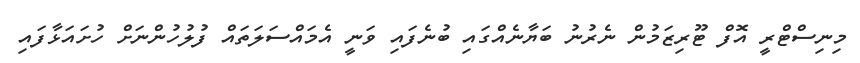
މިނިސްޓްރީ އޮފް ޓޫރިޒަމުން ނެރުނު ބަޔާނެއްގައި ބުނެފައި ވަނީ އެމައްސަލަތައް ފުލުހުންނަށް ހުށައަޅާފައި